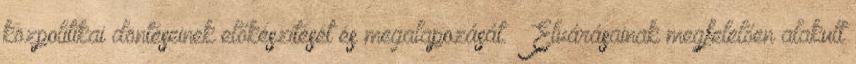
közpolitikai döntéseinek előkészítését és megalapozását. – Elvárásainak megfelelően alakult